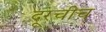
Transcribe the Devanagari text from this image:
दूरचीच